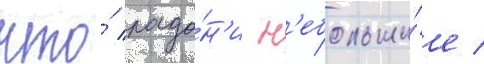
что́ ладо́н'и н'ебольши́е /